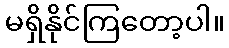
မရှိနိုင်ကြတော့ပါ။